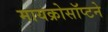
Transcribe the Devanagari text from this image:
मायक्रोसॉप्टने